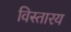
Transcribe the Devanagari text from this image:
विस्तारय